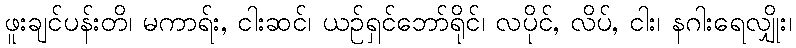
ဖူးချင်ပန်းတိ၊ မကာရ်း, ငါးဆင်၊ ယဉ်ရှင်ဘော်ရိုင်၊ လပိုင်, လိပ်, ငါး၊ နဂါးရေလျှိုး၊